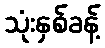
သုံးနှစ်ခန့်